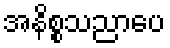
အနိစ္စသညာပေ